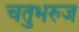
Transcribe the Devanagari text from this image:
चतुभरुज